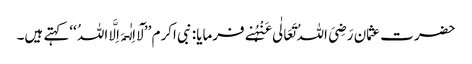
حضرت عثمان رَضِیَ اللہُ تَعَالٰی عَنْہُنے فرمایا: نبی اکرم ’’لَآ اِلٰـہَ اِلَّا اللہُ ‘‘کہتے ہیں۔